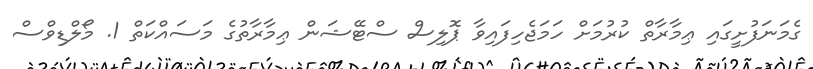
ގެމަނަފުށީގައި ޢިމާރާތް ކުރުމަށް ހަމަޖެހިފައިވާ ޕޮލިސް ސްޓޭޝަން ޢިމާރާތުގެ މަސައްކަތް 1. މޯލްޑިވްސް